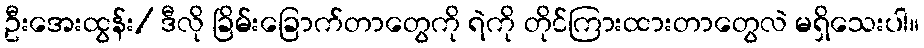
ဦးအေးထွန်း/ ဒီလို ခြိမ်းခြောက်တာတွေကို ရဲကို တိုင်ကြားထားတာတွေလဲ မရှိသေးပါ။